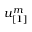
u _ { [ 1 ] } ^ { m }